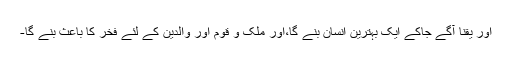
اور یقنا آگے جاکے ایک بہترین انسان بنے گا،اور ملک و قوم اور والدین کے لئے فخر کا باعث بنے گا-